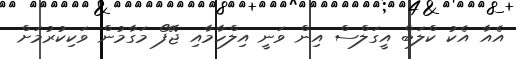
އެއާ އެކު ކްލަބް އީގަލްސް އިން ވަނީ އިލްހާމާއި ޖޭފޯ މަގާމުން ވަކިކުރުމަށް